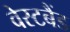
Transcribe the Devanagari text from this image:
वेस्टबैंड